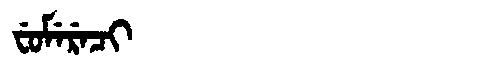
Manchu: ᠸᡠᠮᡝᡵᡝᠴᡳ
Romanization: FUMERECI